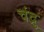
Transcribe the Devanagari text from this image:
चंद्रु